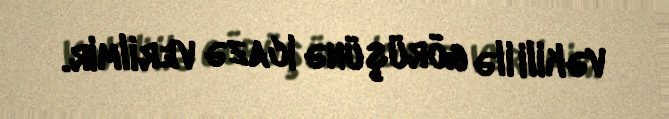
vəkili ilə görüşünə icazə verilmir.